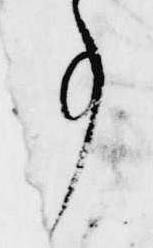
事